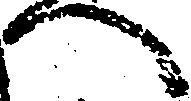
へ